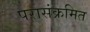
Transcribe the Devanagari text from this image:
परासंक्रमित